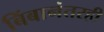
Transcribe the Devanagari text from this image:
बिंबानंतरही